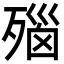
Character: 𬆛